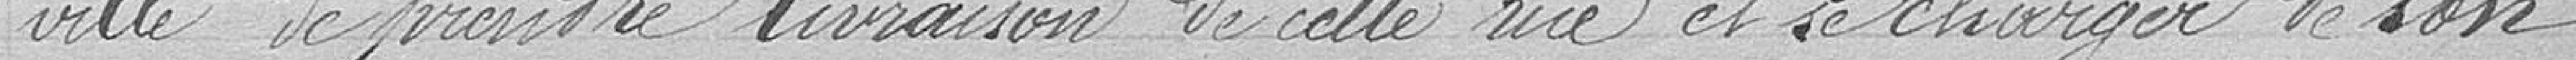
ville de prendre livraison de cette rue et de charger de son